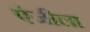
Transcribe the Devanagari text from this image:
एंजीला